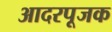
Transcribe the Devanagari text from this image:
आदरपूजक